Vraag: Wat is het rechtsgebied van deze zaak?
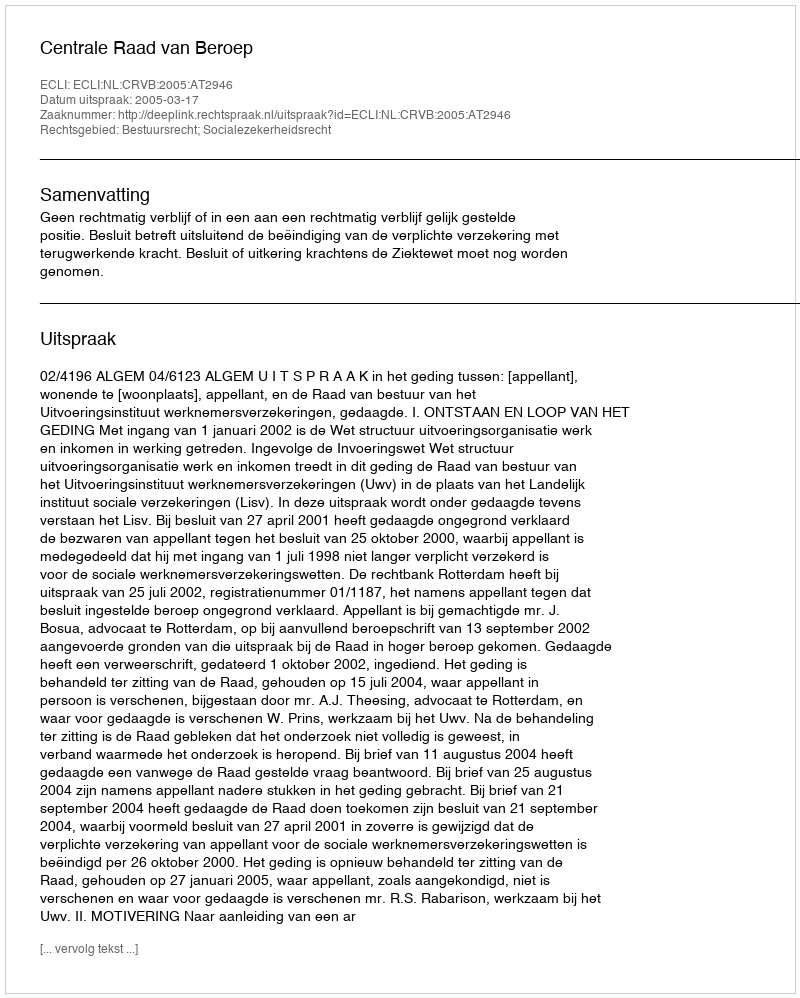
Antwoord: Bestuursrecht; Socialezekerheidsrecht